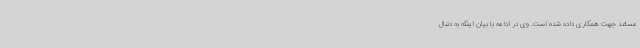
مساعد جهت همکاری داده شده است. وی در ادامه با بیان اینکه به دنبال